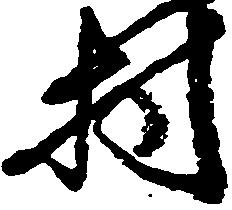
村